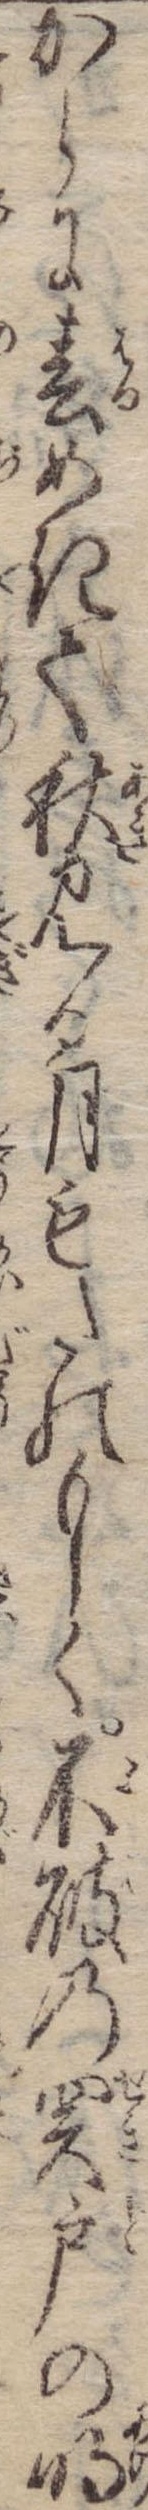
からに春めきて秋見る月もたのもしく不破の関戸の明